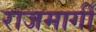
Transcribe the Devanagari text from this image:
राजमार्गीं